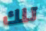
تلك